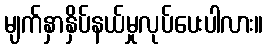
မျက်နှာနှိပ်နယ်မှုလုပ်ပေးပါလား။